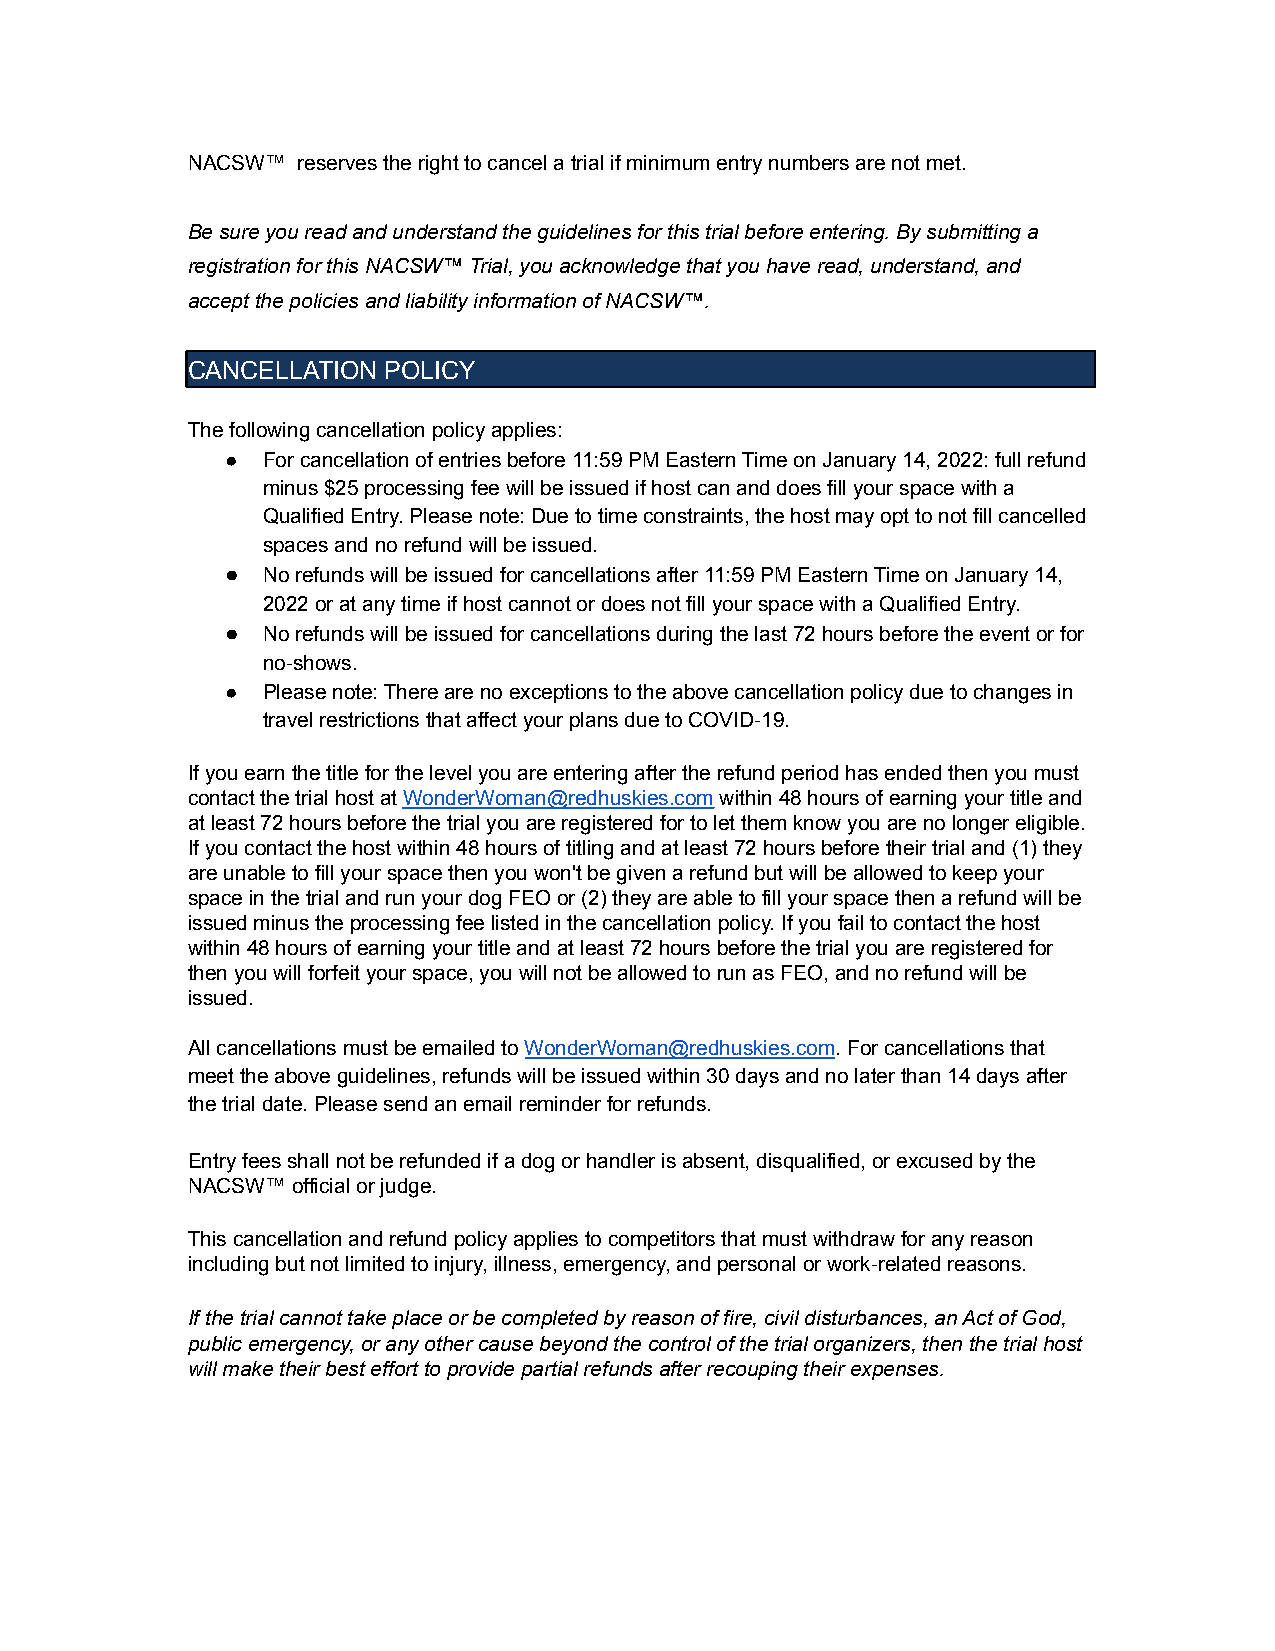
NACSW™  reserves the right to cancel a trial if minimum entry numbers are not met.
 Be sure you read and understand the guidelines for this trial before entering. By submitting a
 registration for this NACSW™ Trial, you acknowledge that you have read, understand, and
 accept the policies and liability information of NACSW™.
 CANCELLATION POLICY
 The following cancellation policy applies:
 ● For cancellation of entries before 11:59 PM Eastern Time on January 14, 2022: full refund
 minus $25 processing fee will be issued if host can and does fill your space with a
 Qualified Entry. Please note: Due to time constraints, the host may opt to not fill cancelled
 spaces and no refund will be issued.
 ● No refunds will be issued for cancellations after 11:59 PM Eastern Time on January 14,
 2022 or at any time if host cannot or does not fill your space with a Qualified Entry.
 ● No refunds will be issued for cancellations during the last 72 hours before the event or for
 no-shows.
 ● Please note: There are no exceptions to the above cancellation policy due to changes in
 travel restrictions that affect your plans due to COVID-19.
 If you earn the title for the level you are entering after the refund period has ended then you must
 contact the trial host atWonderWoman@redhuskies.comwithin 48 hours of earning your title and
 at least 72 hours before the trial you are registered for to let them know you are no longer eligible.
 If you contact the host within 48 hours of titling and at least 72 hours before their trial and (1) they
 are unable to fill your space then you won't be given a refund but will be allowed to keep your
 space in the trial and run your dog FEO or (2) they are able to fill your space then a refund will be
 issued minus the processing fee listed in the cancellation policy. If you fail to contact the host
 within 48 hours of earning your title and at least 72 hours before the trial you are registered for
 then you will forfeit your space, you will not be allowed to run as FEO, and no refund will be
 issued.
 All cancellations must be emailed toWonderWoman@redhuskies.com.For cancellations that
 meet the above guidelines, refunds will be issued within 30 days and no later than 14 days after
 the trial date. Please send an email reminder for refunds.
 Entry fees shall not be refunded if a dog or handler is absent, disqualified, or excused by the
 NACSW™ official or judge.
 This cancellation and refund policy applies to competitors that must withdraw for any reason
 including but not limited to injury, illness, emergency, and personal or work-related reasons.
 If the trial cannot take place or be completed by reason of fire, civil disturbances, an Act of God,
 public emergency, or any other cause beyond the control of the trial organizers, then the trial host
 will make their best effort to provide partial refunds after recouping their expenses.